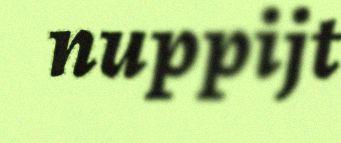
nuppijt